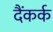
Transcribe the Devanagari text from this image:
दैंकर्क